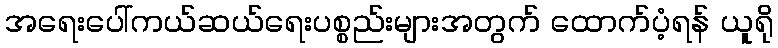
အရေးပေါ်ကယ်ဆယ်ရေးပစ္စည်းများအတွက် ထောက်ပံ့ရန် ယူရို